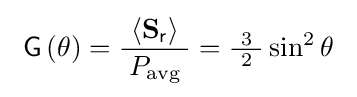
\ \operatorname {\mathsf {G}} \left(\theta \right)={\frac {\ \left\langle \mathbf {S} _{\mathsf {r}}\right\rangle \ }{P_{\text{avg}}}}={\tfrac {\ 3\ }{2}}\sin ^{2}\theta \